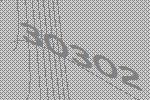
30302